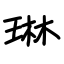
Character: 琳